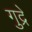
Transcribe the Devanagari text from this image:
गुद्रे